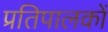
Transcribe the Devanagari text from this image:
प्रतिपालकों